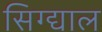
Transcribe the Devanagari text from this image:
सिग्द्याल